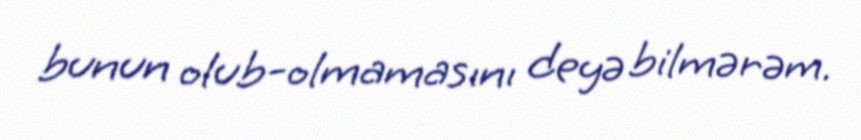
bunun olub-olmamasını deyə bilmərəm.